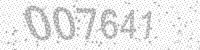
Solution: 007641